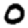
Digit: 0